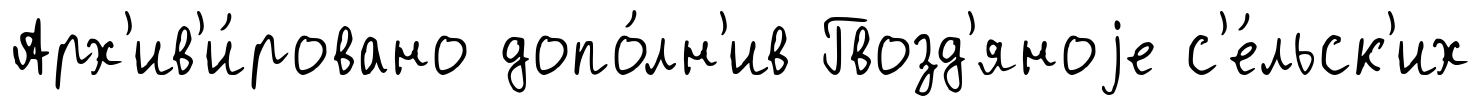
Арх'ив'и́ровано допо́лн'ив Гвозд'яноjе с'е́льск'их